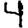
Digit: 4